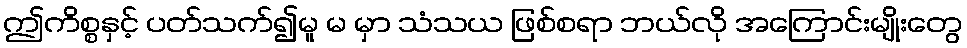
ဤကိစ္စနှင့် ပတ်သက်၍မူ မ မှာ သံသယ ဖြစ်စရာ ဘယ်လို အကြောင်းမျိုးတွေ